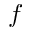
f